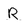
Character: R